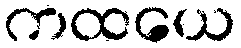
ကထယေ